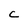
Character: c